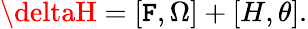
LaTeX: \deltaH=[\mathtt{F},\Omega]+[H,\theta].